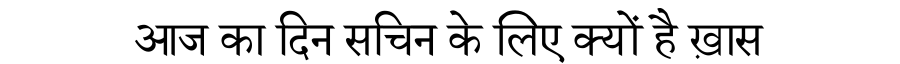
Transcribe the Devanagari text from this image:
आज का दिन सचिन के लिए क्यों है ख़ास